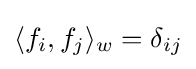
\langle f_{i},f_{j}\rangle _{w}=\delta _{ij}